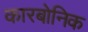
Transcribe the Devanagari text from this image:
कारबोनिक